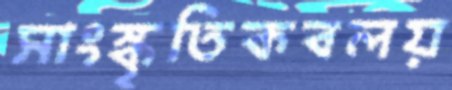
সাংস্কৃতিকবলয়